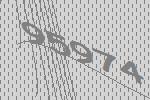
95974